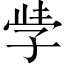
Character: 𭓇